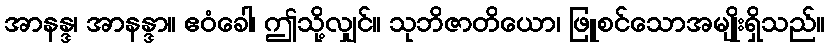
အာနန္ဒ၊ အာနန္ဒာ။ ဧဝံခေါ၊ ဤသို့လျှင်။ သုဘိဇာတိယော၊ ဖြူစင်သောအမျိုးရှိသည်။